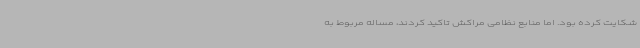
شکایت کرده بود. اما منابع نظامی مراکش تاکید کردند، مساله مربوط به